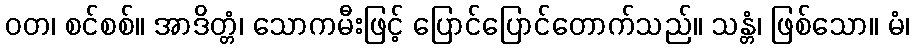
ဝတ၊ စင်စစ်။ အာဒိတ္တံ၊ သောကမီးဖြင့် ပြောင်ပြောင်တောက်သည်။ သန္တံ၊ ဖြစ်သော။ မံ၊